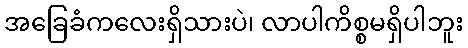
အခြေခံကလေးရှိသားပဲ၊ လာပါကိစ္စမရှိပါဘူး